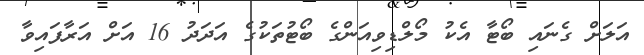
އަލަށް ގެނައި ބޯޓާ އެކު މޯލްޑިވިއަންގެ ބޯޓުތަކުގެ އަދަދު 16 އަށް އަރާފައިވާ